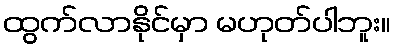
ထွက်လာနိုင်မှာ မဟုတ်ပါဘူး။